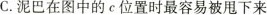
C.泥巴在图中的c位置时最容易被甩下来